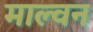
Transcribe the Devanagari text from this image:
माल्वन